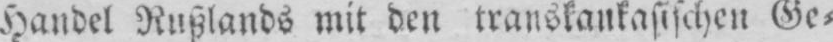
Handel Rußlands mit den transkaukasischen Ge⸗